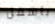
بأسفل